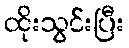
ထိုးသွင်းပြီး